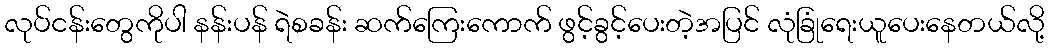
လုပ်ငန်းတွေကိုပါ နန်းပန် ရဲစခန်း ဆက်ကြေးကောက် ဖွင့်ခွင့်ပေးတဲ့အပြင် လုံခြုံရေးယူပေးနေတယ်လို့